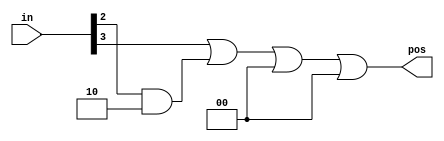
module top_module (
    input [3:0] in,
    output reg [1:0] pos  );

    // Insert your code here

    assign pos = (in[3] & 1) | (in[2] & 2) | (in[1] & 4) | (in[0] & 8);

endmodule